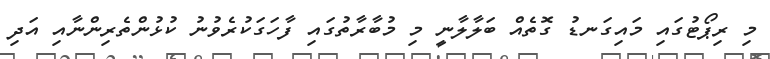
މި ރިޕޯޓުގައި މައިގަނޑު ގޮތެއް ބަލާލާނީ މި މުބާރާތުގައި ފާހަގަކުރެވުނު ކުޅުންތެރިންނާއި އަދި